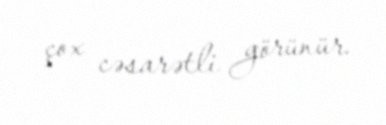
çox cəsarətli görünür.